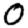
Digit: 0